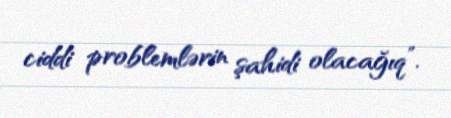
ciddi problemlərin şahidi olacağıq”.